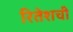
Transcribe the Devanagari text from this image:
रितेशची